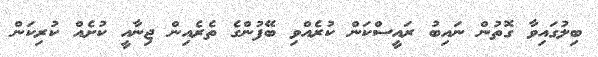
ބިިލުގައިވާ ގޮތުން ނައިބު ރައީސްކަން ކުރެއްވި ބޭފުންގެ ތެރެއިން ޖިނާއީ ކުށެއް ކުރިކަން